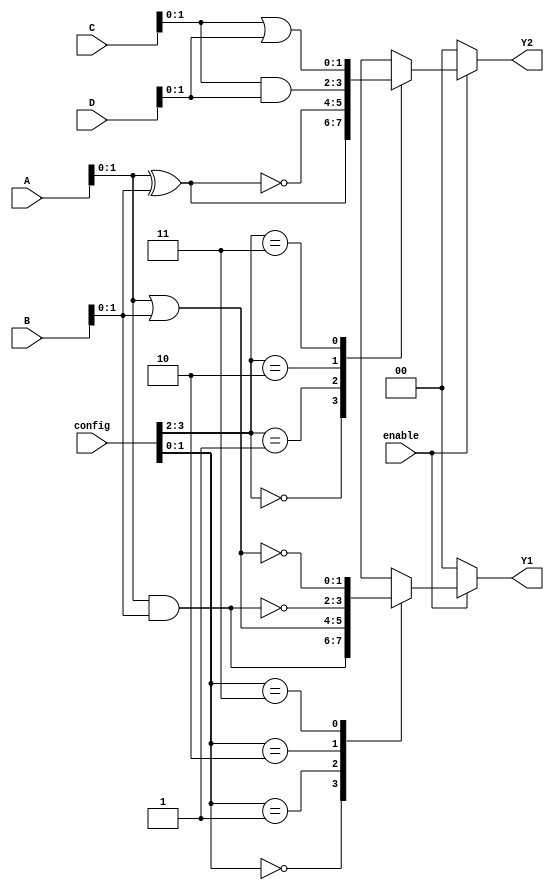
module CLB (
    input wire [3:0] A,        // 4 input signals
    input wire [3:0] B,
    input wire [3:0] C,
    input wire [3:0] D,
    input wire [7:0] config,   // 8-bit configuration input for logic functions
    input wire enable,          // Enable signal
    output reg [1:0] Y1,       // Output signals
    output reg [1:0] Y2         // Additional output signals
);

// Internal signals
wire [3:0] mux_out1, mux_out2; // MUX outputs

// Multiplexer for Y1
always @(*) begin
    if (!enable) begin
        Y1 = 2'b00; // Output is 0 when disabled
    end else begin
        case (config[1:0]) // Select logic function for Y1
            2'b00: Y1 = A & B;        // AND
            2'b01: Y1 = A | B;        // OR
            2'b10: Y1 = ~(A & B);     // NAND
            2'b11: Y1 = ~(A | B);     // NOR
            default: Y1 = 2'b00;      // Default case
        endcase
    end
end

// Multiplexer for Y2
always @(*) begin
    if (!enable) begin
        Y2 = 2'b00; // Output is 0 when disabled
    end else begin
        case (config[3:2]) // Select logic function for Y2
            2'b00: Y2 = A ^ B;        // XOR
            2'b01: Y2 = ~(A ^ B);     // XNOR
            2'b10: Y2 = C & D;        // AND with C and D
            2'b11: Y2 = C | D;        // OR with C and D
            default: Y2 = 2'b00;      // Default case
        endcase
    end
end

endmodule